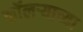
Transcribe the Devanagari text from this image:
कॉलऱ्याच्या